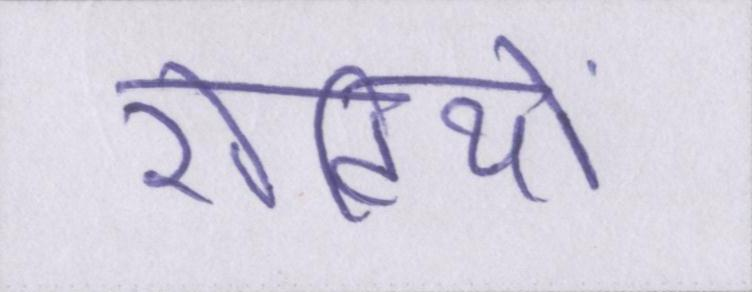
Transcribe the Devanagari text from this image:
रोटियों